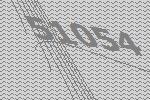
51054